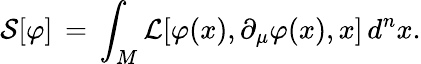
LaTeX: {\mathcal{S}}[\varphi]\, =\, \int_{M}{\mathcal{L}}[\varphi(x),\partial_{\mu}\varphi(x),x]\, d^{n}x.